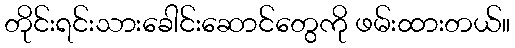
တိုင်းရင်းသားခေါင်းဆောင်တွေကို ဖမ်းထားတယ်။